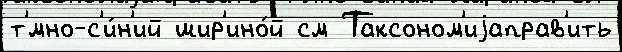
т'́мно-с'и́н'ий шир'ино́й см Таксоном'иjаправ'ить